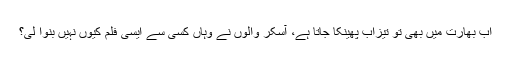
اب بھارت میں بھی تو تیزاب پھینکا جاتا ہے، آسکر والوں نے وہاں کسی سے ایسی فلم کیوں نہیں بنوا لی؟